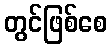
တွင်ဖြစ်စေ